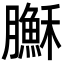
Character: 𦢦